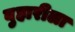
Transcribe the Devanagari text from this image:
बुहारीला